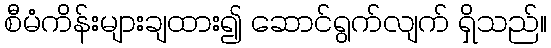
စီမံကိန်းများချထား၍ ဆောင်ရွက်လျက် ရှိသည်။